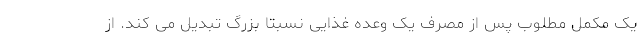
یک مکمل مطلوب پس از مصرف یک وعده غذایی نسبتا بزرگ تبدیل می کند. از